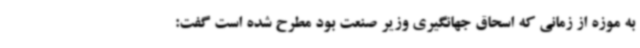
به موزه از زمانی که اسحاق جهانگیری وزیر صنعت بود مطرح شده است گفت: